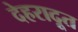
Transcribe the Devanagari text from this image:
देहरादूत